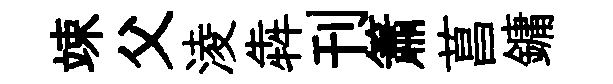
竦父淩犇刊簫菖鏞